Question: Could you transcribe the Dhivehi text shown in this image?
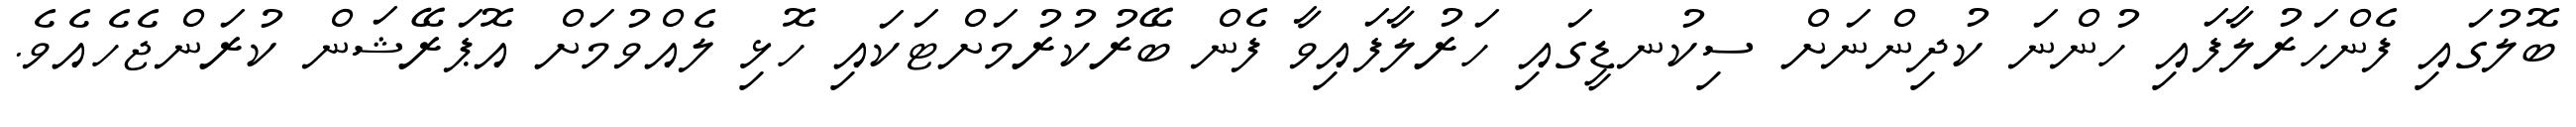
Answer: ބޮލުގައި ފެންހަރުލާފައި ހުންނަ ކުދިންނަށް ސިކުނޑީގައި ހަރުލާފައިވާ ފެން ބޭރުކުރުމަށްޓަކައި ހޮޅި ލެއްވުމަށް އޮޕަރޭޝަން ކުރަންޖެހެއެވެ.